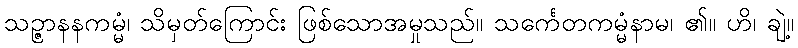
သဉ္ဇာနနကမ္မံ၊ သိမှတ်ကြောင်း ဖြစ်သောအမှုသည်။ သင်္ကေတကမ္မံနာမ၊ ၏။ ဟိ၊ ချဲ့။